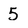
Character: 5